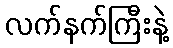
လက်နက်ကြီးနဲ့